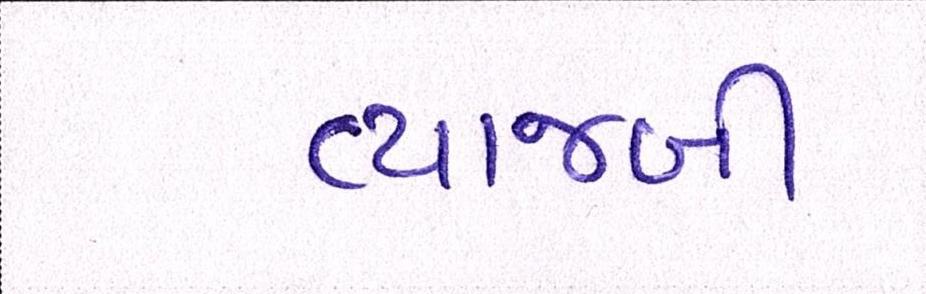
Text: વ્યાજબી